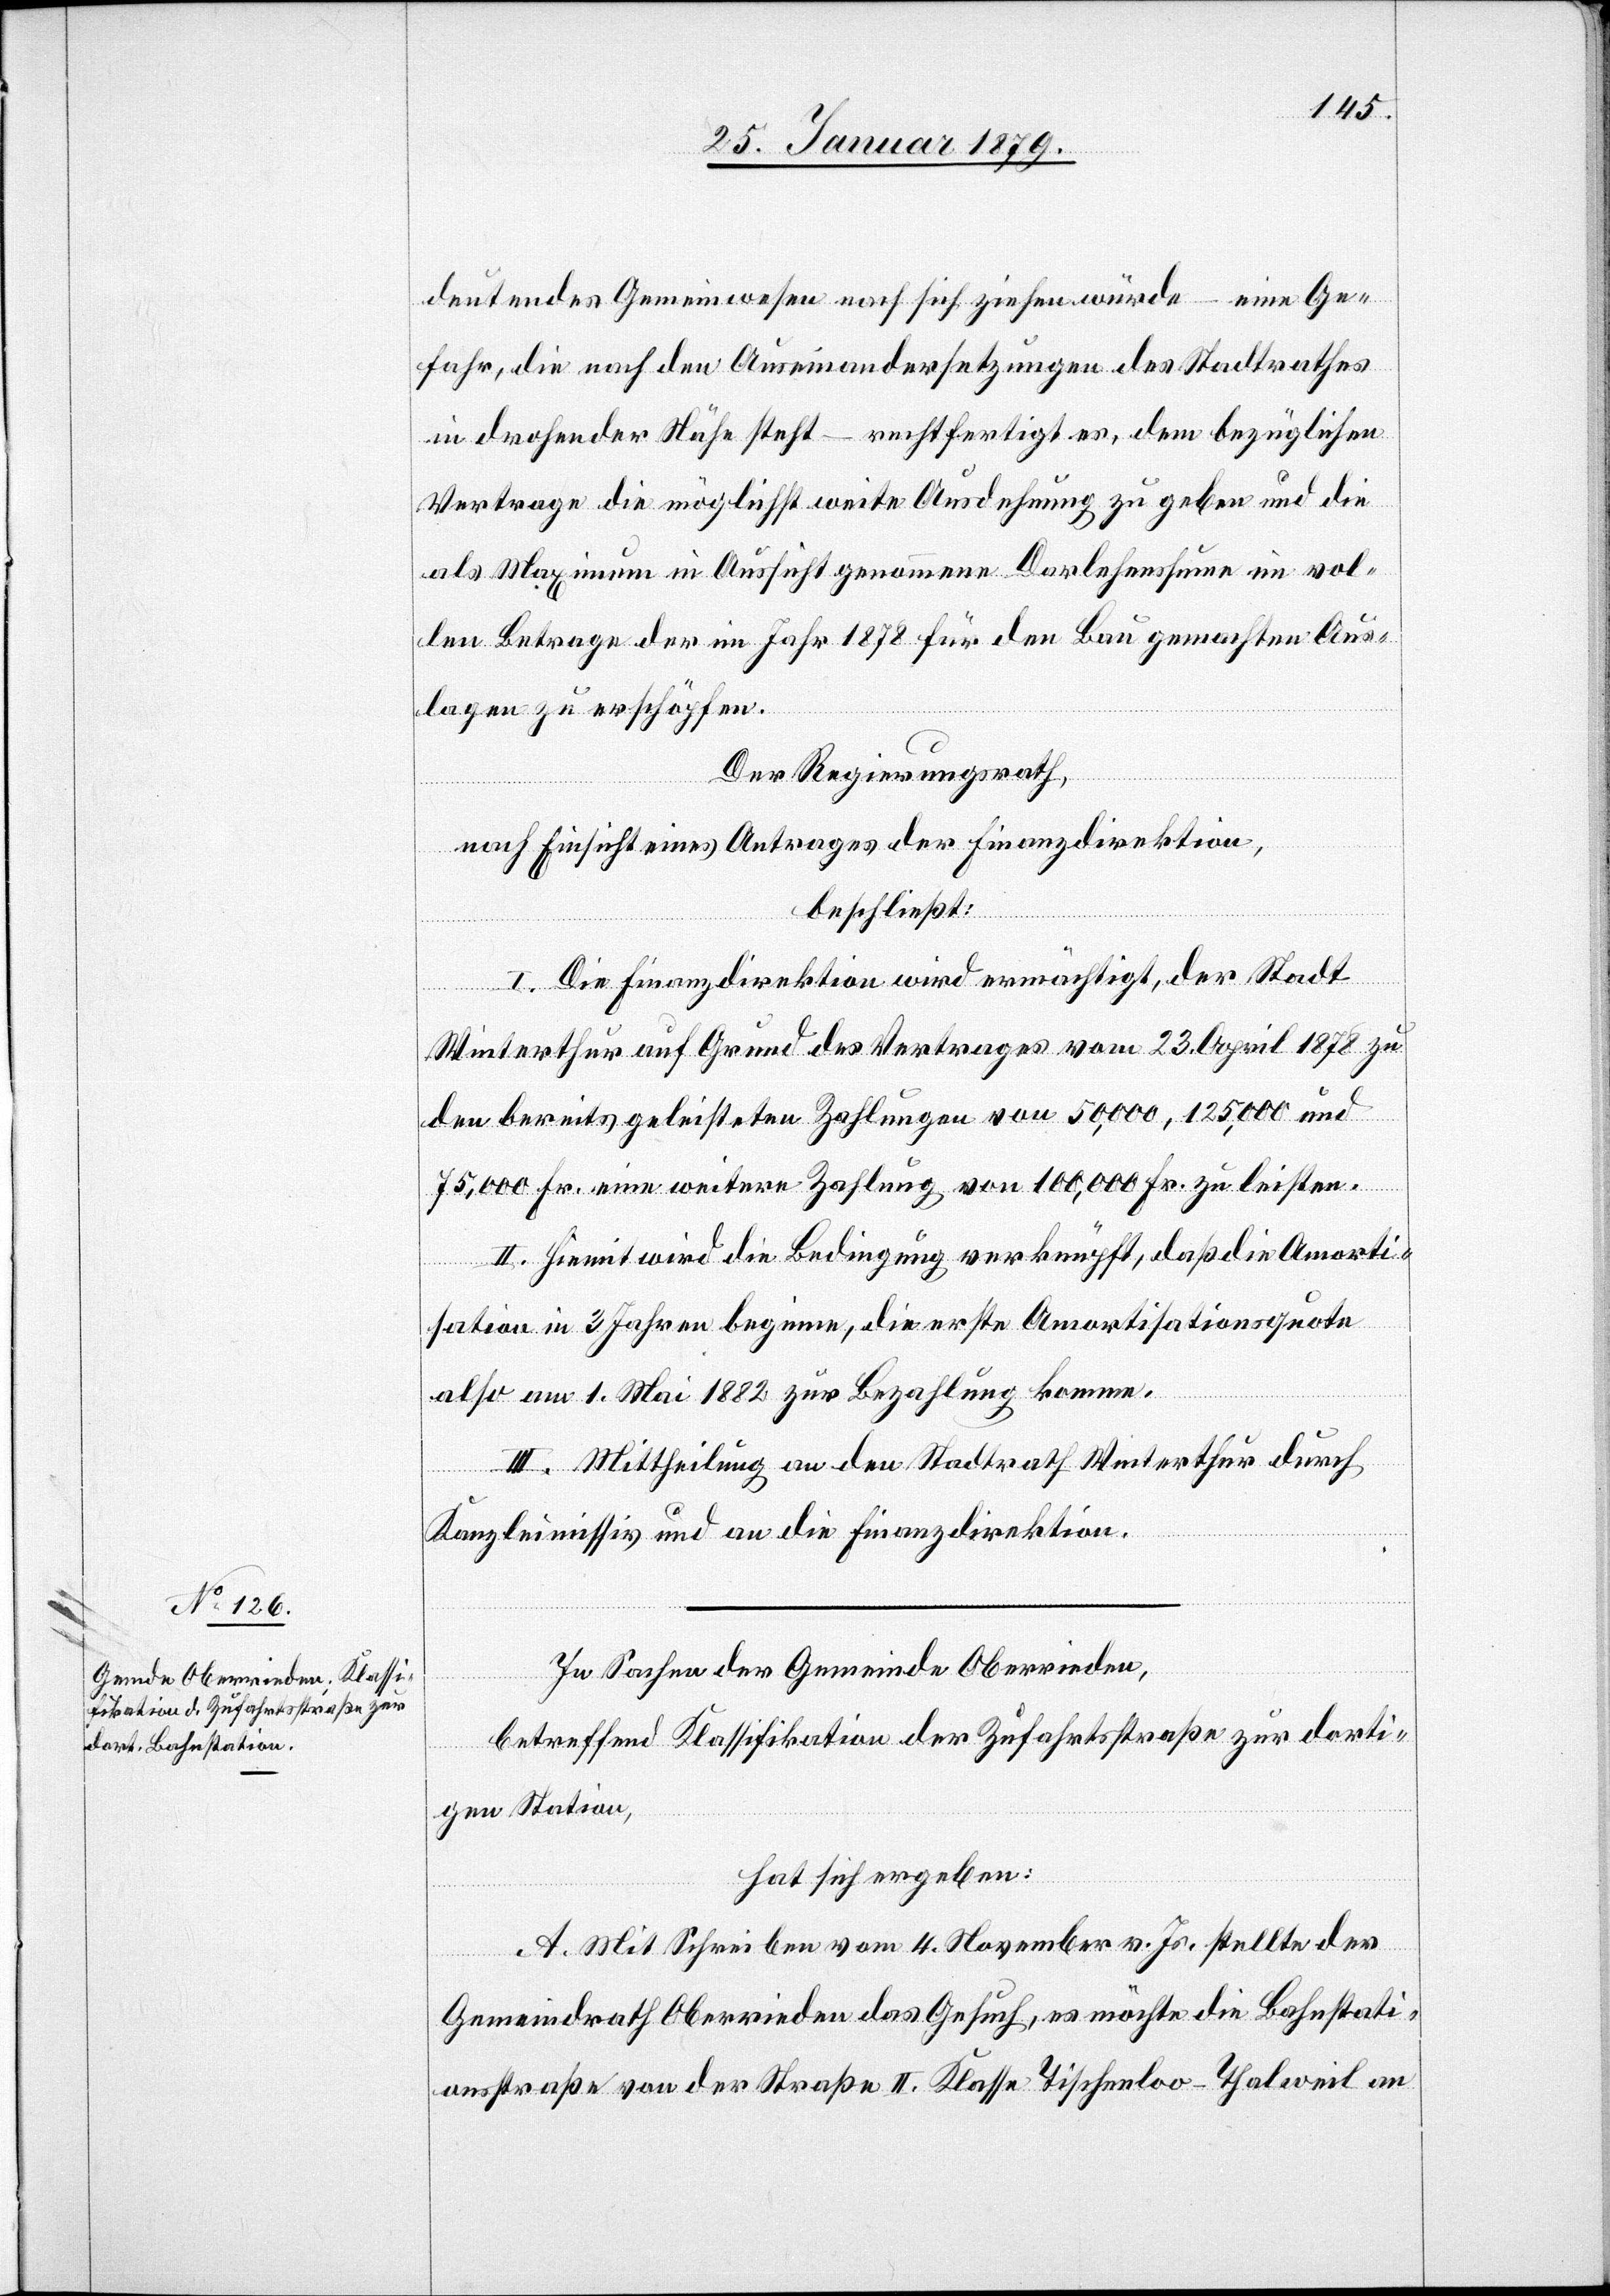
deutendes Gemeinwesen nach sich ziehen würde – eine Ge¬
fahr, die nach den Auseinandersetzungen des Stadtrathes
in drohender Nähe steht – rechtfertigt es, dem bezüglichen
Vertrage die möglichst weite Ausdehnung zu geben und die
als Maximum in Aussicht genommene Darlehenssume [sic!] im vol¬
len Betrage der im Jahr 1878 für den Bau gemachten Aus¬
lagen zu erschöpfen.
Der Regierungsrath,
nach Einsicht eines Antrages der Finanzdirektion,
beschließt:
I. Die Finanzdirektion wird ermächtigt, der Stadt
Winterthur auf Grund des Vertrages vom 23. April 1878 zu
den bereits geleisteten Zahlungen von 50,000, 125,000 und
75,000 Fr. eine weitere Zahlung von 100,000 Fr. zu leisten.
II. Hiemit wird die Bedingung verknüpft, daß die Amorti¬
sation in 3 Jahren beginne, die erste Amortisationsquote
also um 1. Mai 1882 zur Bezahlung komme.
III. Mittheilung an den Stadtrath Winterthur durch
Kanzleimissiv und an die Finanzdirektion.
In Sachen der Gemeinde Oberrieden,
betreffend Klassifikation der Zufahrtsstraße zur dorti¬
gen Station,
hat sich ergeben:
A. Mit Schreiben vom 4. November v. Js. stellte Der
Gemeindrath Oberrieden das Gesuch, es möchte die Bahnstati¬
onsstraße von der Straße II. Klasse Tischenloo–Thalweil an